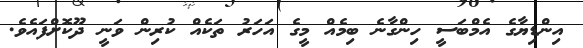
އިންޑިޔާގެ އެމްބަސީ ހިންގާނެ ބިމެއް މީގެ އަހަރު ތަކެއް ކުރިން ވަނީ ދޫކޮށްފައެވެ.